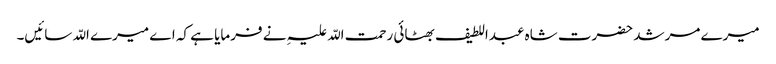
میرے مرشد حضرت شاہ عبداللطیف بھٹائی رحمت اللّہ علیہِ نے فرمایا ہے کہ اے میرے اللّہ سائیں۔